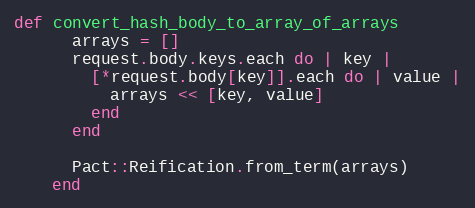
Language: Ruby
def convert_hash_body_to_array_of_arrays
      arrays = []
      request.body.keys.each do | key |
        [*request.body[key]].each do | value |
          arrays << [key, value]
        end
      end

      Pact::Reification.from_term(arrays)
    end